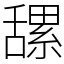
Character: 𦧲